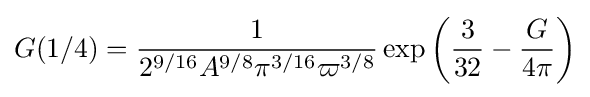
G(1/4)={\frac {1}{2^{9/16}A^{9/8}\pi ^{3/16}\varpi ^{3/8}}}\exp \left({\frac {3}{32}}-{\frac {G}{4\pi }}\right)